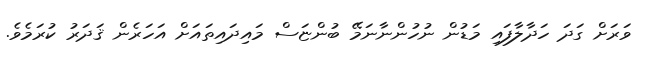
ވަރަށް ގަދަ ހަދާލާފައި މަޑުން ނުހުންނާނަމޭ ބުންޏަސް މައިދައިތައަށް އަހަރެން ޤަދަރު ކުރަމެވެ.